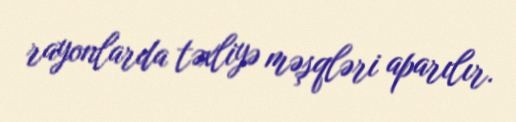
rayonlarda təxliyə məşqləri aparılır.